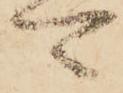
可